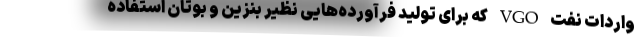
واردات نفت VGO که برای تولید فرآورده‌هایی نظیر بنزین و بوتان استفاده